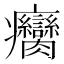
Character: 癵